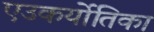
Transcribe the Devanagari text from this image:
एउकर्योतिका